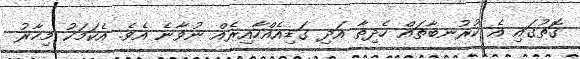
ގޮތުގައި އެ ކުރުނބާތައް ހެދިތާ އަދި ގަޑިއެއްހާއިރެއް ނުވާނެ އެވެ. އެކަމަކު މިހާރު